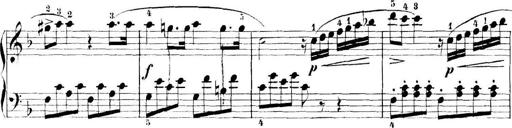
Title: 11 Sonatinas
Composer: Anton Diabelli